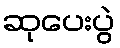
ဆုပေးပွဲ